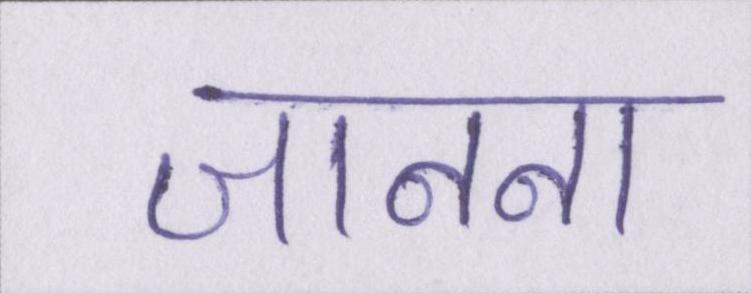
जानना